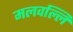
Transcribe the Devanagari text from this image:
मलवल्लि